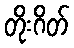
တိုးဂိတ်